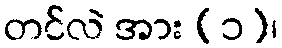
တင်လဲ အား (၁)၊